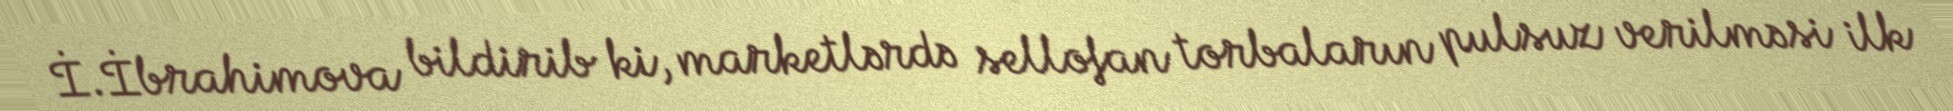
İ.İbrahimova bildirib ki, marketlərdə sellofan torbaların pulsuz verilməsi ilk